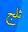
ثلج